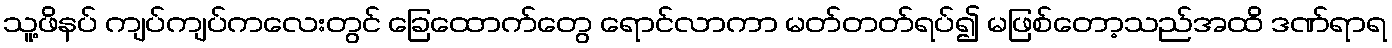
သူ့ဖိနပ် ကျပ်ကျပ်ကလေးတွင် ခြေထောက်တွေ ရောင်လာကာ မတ်တတ်ရပ်၍ မဖြစ်တော့သည်အထိ ဒဏ်ရာရ